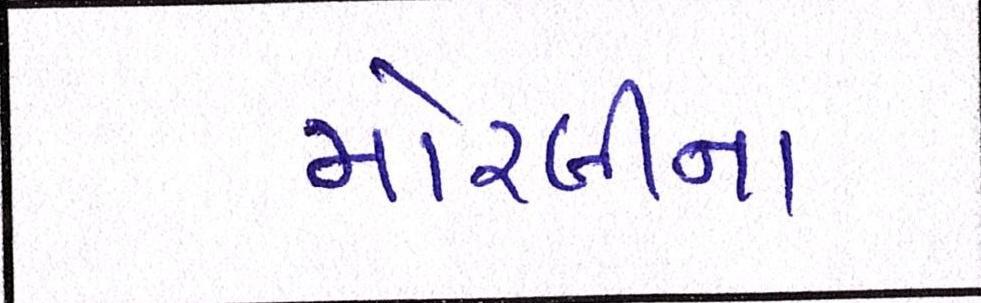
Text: મોરબીના